On a parasite found in the white corpuscles of the blood of dogs - Number 14
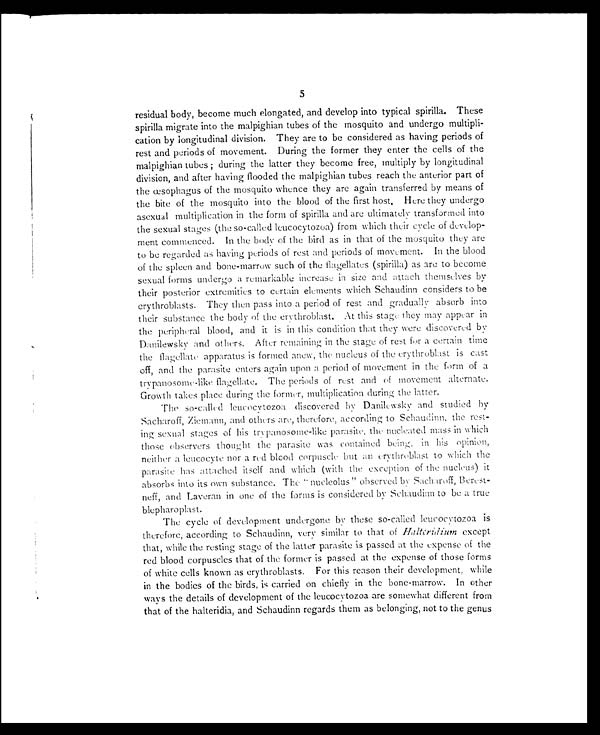
5
residual body, become much elongated, and develop into typical spirilla. These
spirilla migrate into the malpighian tubes of the mosquito and undergo multipli-
cation by longitudinal division. They are to be considered as having periods of
rest and periods of movement. During the former they enter the cells of the
malpighian tubes ; during the latter they become free, multiply by longitudinal
division, and after having flooded the malpighian tubes reach the anterior part of
the œsophagus of the mosquito whence they are again transferred by means of
the bite of the mosquito into the blood of the first host. Here they undergo
asexual multiplication in the form of spirilla and are ultimately transformed into
the sexual stages (the so-called leucocytozoa) from which their cycle of develop-
ment commenced. In the body of the bird as in that of the mosquito they are
to be regarded as having periods of rest and periods of movement. In the blood
of the spleen and bone-marrow such of the flagellates (spirilla) as are to become
sexual forms undergo a remarkable increase in size and attach themselves by
their posterior extremities to certain elements which Schaudinn considers to be
erythroblasts. They then pass into a period of rest and gradually absorb into
their substance the body of the erythroblast. At this stage they may appear in
the peripheral blood, and it is in this condition that they were discovered by
Danilewsky and others. After remaining in the stage of rest for a certain time
the flagellate apparatus is formed anew, the nucleus of the erythroblast is cast
off, and the parasite enters again upon a period of movement in the form of a
trypanosome-like flagellate. The periods of rest and of movement alternate.
Growth takes place during the former, multiplication during the latter.
The so-called leucocytozoa discovered by Danilewsky and studied by
Sacharoff, Ziemann, and others are, therefore, according to Schaudinn, the rest-
ing sexual stages of his trypanosome-like parasite, the nucleated mass in which
those observers thought the parasite was contained being, in his opinion,
neither a leucocyte nor a red blood corpuscle but an erythroblast to which the
parasite has attached itself and which (with the exception of the nucleus) it
absorbs into its own substance. The " nucleolus" observed by Sacharoff, Berest-
neff, and Laveran in one of the forms is considered by Schaudinn to be a true
blepharoplast.
The cycle of development undergone by these so-called leucocytozoa is
therefore, according to Schaudinn, very similar to that of Halteridium except
that, while the resting stage of the latter parasite is passed at the expense of the
red blood corpuscles that of the former is passed at the expense of those forms
of white cells known as erythroblasts. For this reason their development, while
in the bodies of the birds, is carried on chiefly in the bone-marrow. In other
ways the details of development of the leucocytozoa are somewhat different from
that of the halteridia, and Schaudinn regards them as belonging, not to the genus